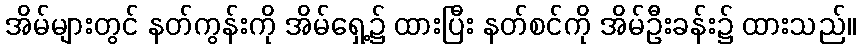
အိမ်များတွင် နတ်ကွန်းကို အိမ်ရှေ့၌ ထားပြီး နတ်စင်ကို အိမ်ဦးခန်း၌ ထားသည်။